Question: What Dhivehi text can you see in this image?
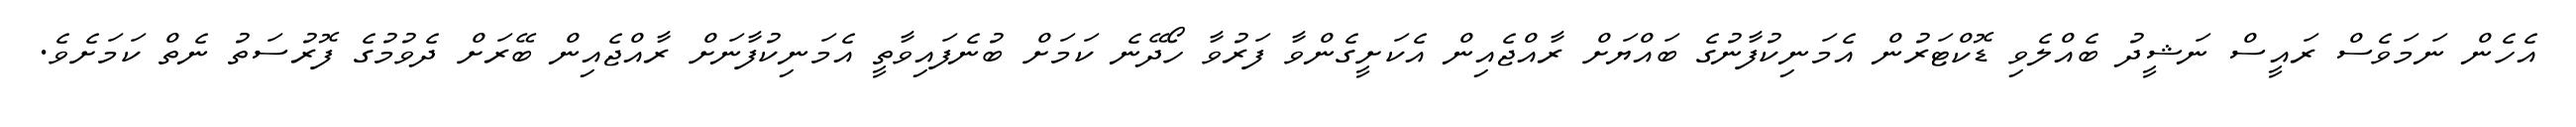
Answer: އެހެން ނަމަވެސް ރައީސް ނަޝީދު ބެއްލެވި ޑޮކްޓަރުން އެމަނިކުފާނުގެ ބައްޔަށް ރާއްޖެއިން އެކަށީގެންވާ ފަރުވާ ހޯދޭނެ ކަމަށް ބުނެފައިވާތީ އެމަނިކުފާނަށް ރާއްޖެއިން ބޭރަށް ދެވުމުގެ ފޮރުސަތު ނެތް ކަމަށެވެ.